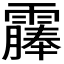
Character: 𫕰